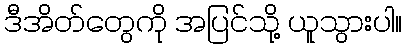
ဒီအိတ်တွေကို အပြင်သို့ ယူသွားပါ။